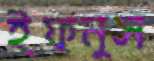
ইফনুস